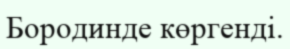
Бородинде көргенді.